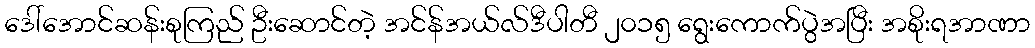
ဒေါ်အောင်ဆန်းစုကြည် ဦးဆောင်တဲ့ အင်န်အယ်လ်ဒီပါတီ ၂၀၁၅ ရွေးကောက်ပွဲအပြီး အစိုးရအာဏာ